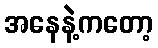
အနေနဲ့ကတော့